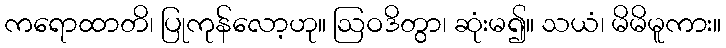
ကရောထာတိ၊ ပြုကုန်လော့ဟု။ ဩဝဒိတွာ၊ ဆုံးမ၍။ သယံ၊ မိမိမူကား။